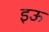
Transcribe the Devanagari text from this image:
इऊ